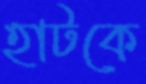
হাটকে